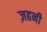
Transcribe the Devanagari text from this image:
ज़हनी